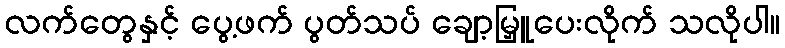
လက်တွေနှင့် ပွေ့ဖက် ပွတ်သပ် ချော့မြှူပေးလိုက် သလိုပါ။